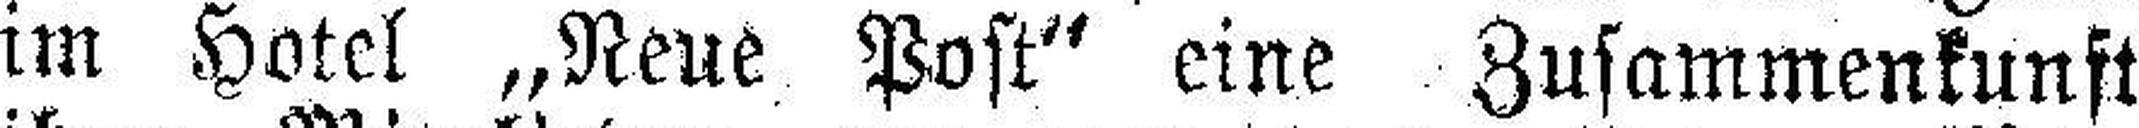
im Hotel „Neue Post“ eine Zusammenkunft